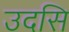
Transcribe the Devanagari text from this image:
उदसि